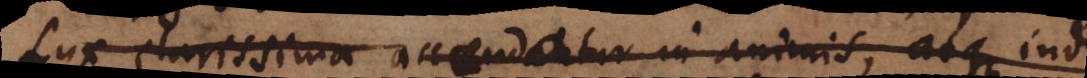
Lux clarissima accendatur in animis, atque inde